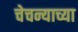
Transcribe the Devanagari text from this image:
चेचन्याच्या